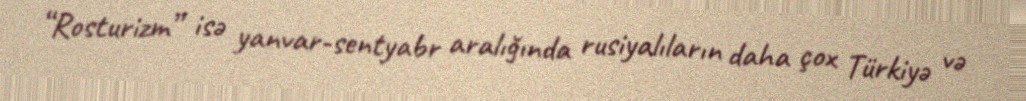
“Rosturizm” isə yanvar-sentyabr aralığında rusiyalıların daha çox Türkiyə və